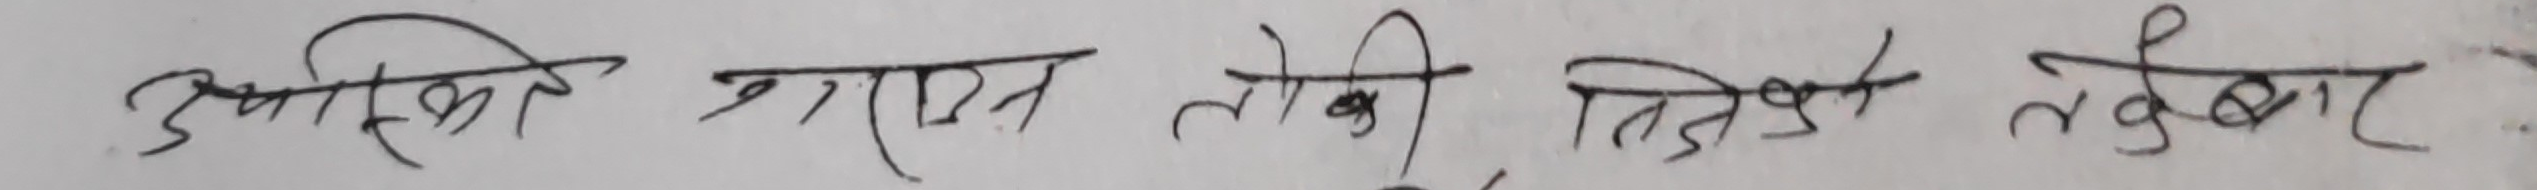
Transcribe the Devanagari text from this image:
उपरोक्त मार्फत तोकी निक्षेप तकेवार